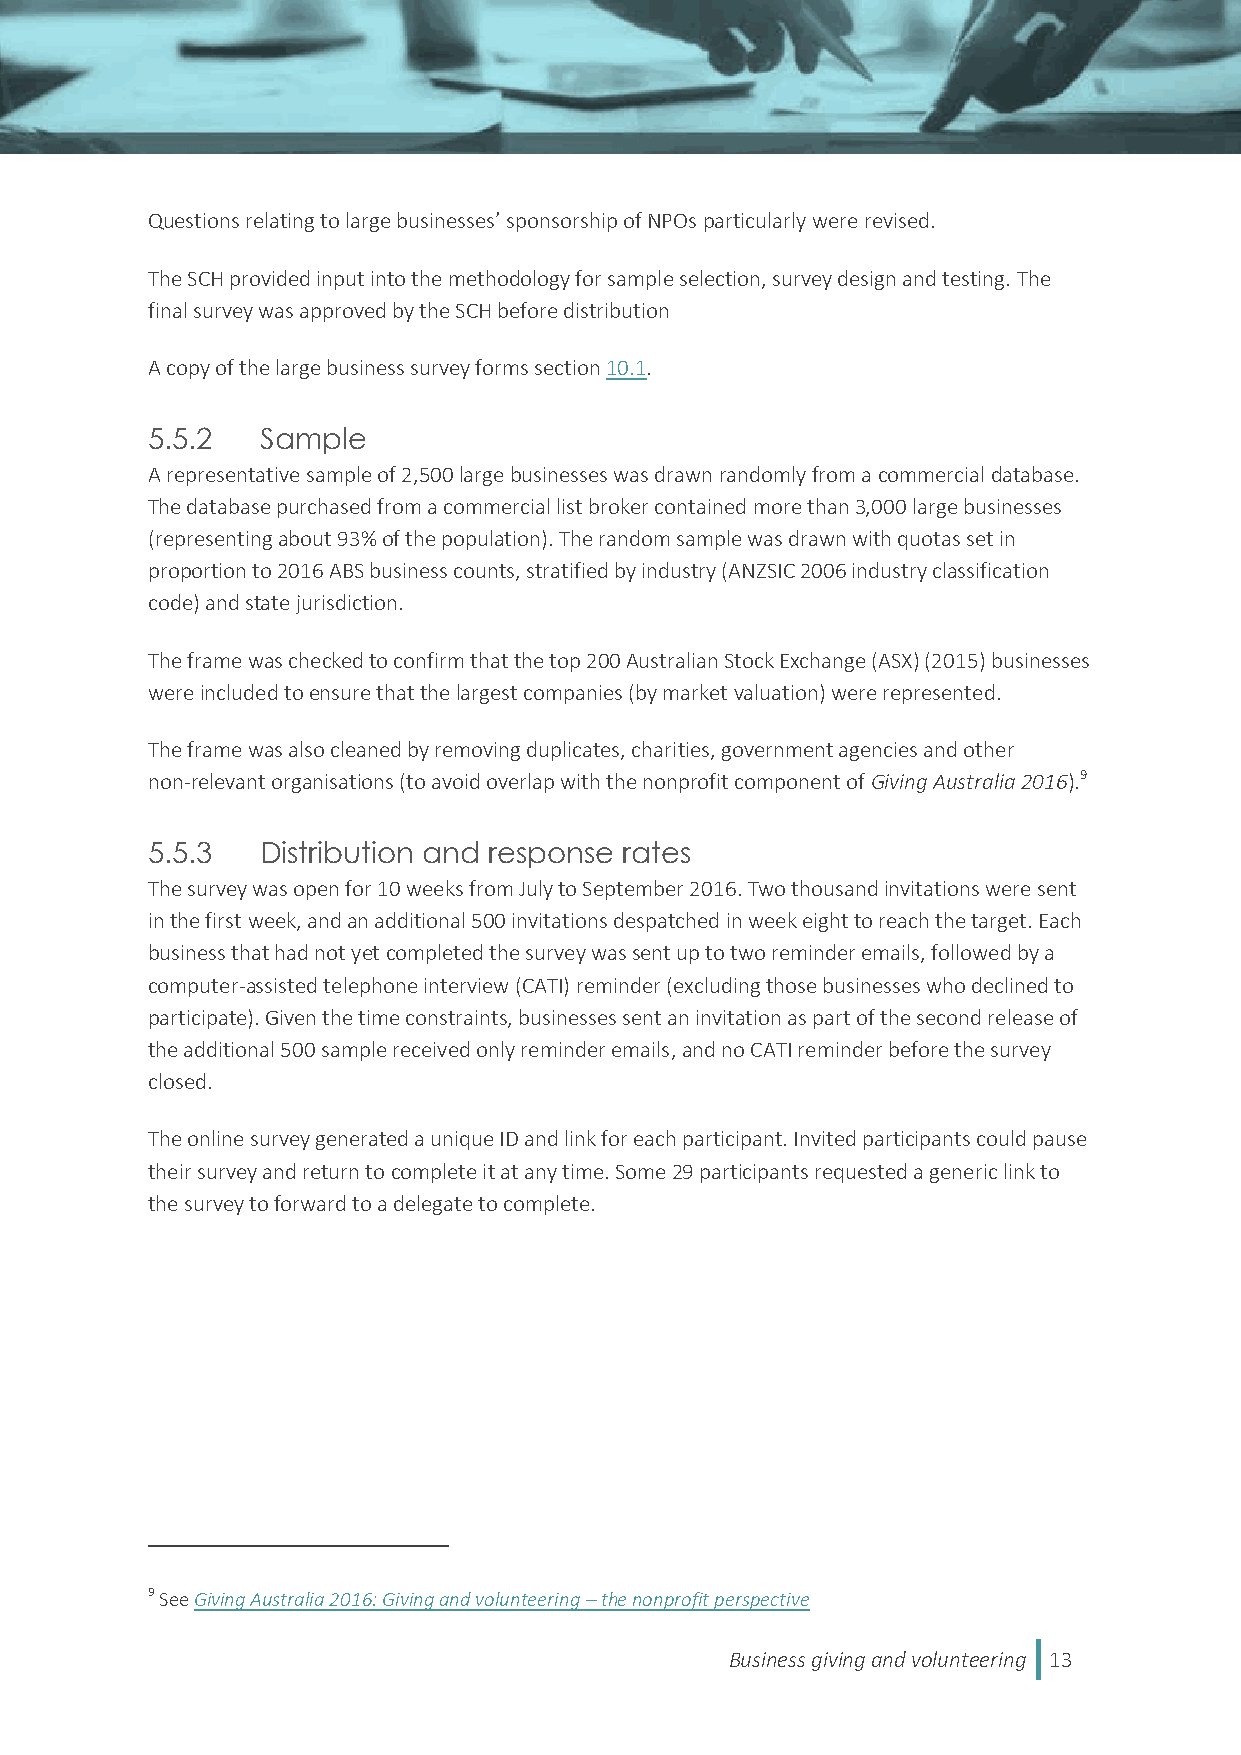
Questions relating to large businesses’ sponsorship of NPOs particularly were revised.
 The SCH provided input into the methodology for sample selection, survey design and testing. The
 final survey was approved by the SCH before distribution
 A copy of the large business survey forms section 10.1.
 5.5.2  Sample
 A representative sample of 2,500 large businesses was drawn randomly from a commercial database.
 The database purchased from a commercial list broker contained more than 3,000 large businesses
 (representing about 93% of the population). The random sample was drawn with quotas set in
 proportion to 2016 ABS business counts, stratified by industry (ANZSIC 2006 industry classification
 code) and state jurisdiction.
 The frame was checked to confirm that the top 200 Australian Stock Exchange (ASX) (2015) businesses
 were included to ensure that the largest companies (by market valuation) were represented.
 The frame was also cleaned by removing duplicates, charities, government agencies and other
 non-relevant organisations (to avoid overlap with the nonprofit component of Giving Australia 2016).9
 5.5.3  Distribution and response rates
 The survey was open for 10 weeks from July to September 2016. Two thousand invitations were sent
 in the first week, and an additional 500 invitations despatched in week eight to reach the target. Each
 business that had not yet completed the survey was sent up to two reminder emails, followed by a
 computer-assisted telephone interview (CATI) reminder (excluding those businesses who declined to
 participate). Given the time constraints, businesses sent an invitation as part of the second release of
 the additional 500 sample received only reminder emails, and no CATI reminder before the survey
 closed.
 The online survey generated a unique ID and link for each participant. Invited participants could pause
 their survey and return to complete it at any time. Some 29 participants requested a generic link to
 the survey to forward to a delegate to complete.
 9 See Giving Australia 2016: Giving and volunteering – the nonprofit perspective
 Business giving and volunteering 13